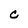
Character: C